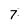
Character: 7